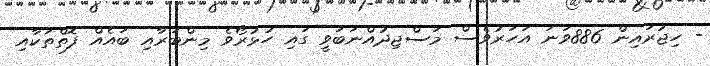
- ހިޖުރައިން 886ވަނަ އަހަރުވެސް މަސްޖިދުއްނަބަވީ ގައި ހުޅުރޯވެ މިންބަރާއި ބައެއް ފޮތްތަކާއި